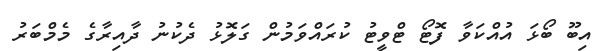
އިބޫ ބޯޅަ އުއްކަވާ ފޮޓޯ ޓްވީޓު ކުރައްވަމުން ގަލޮޅު ދެކުނު ދާއިރާގެ މެމްބަރު